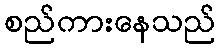
စည်ကားနေသည်